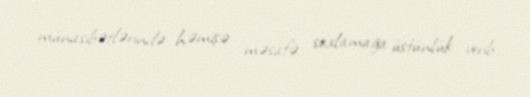
münasibətlərində həmişə məsafə saxlamağa üstünlük verib.